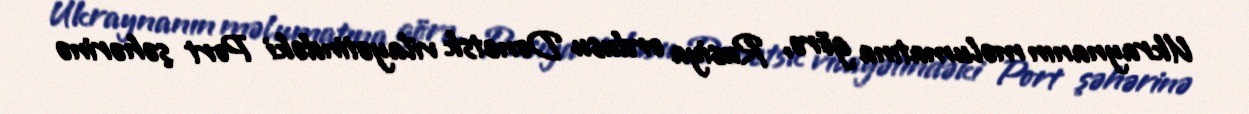
Ukraynanın məlumatına görə, Rusiya ordusu Donetsk vilayətindəki Port şəhərinə